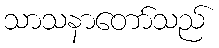
သာသနာတော်သည်